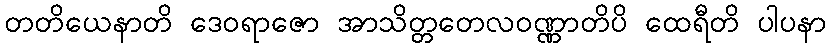
တတိယေနာတိ ဒေဝရာဇော အာသိတ္တတေလဝဏ္ဏာတိပိ ထေရီတိ ပါပနာ